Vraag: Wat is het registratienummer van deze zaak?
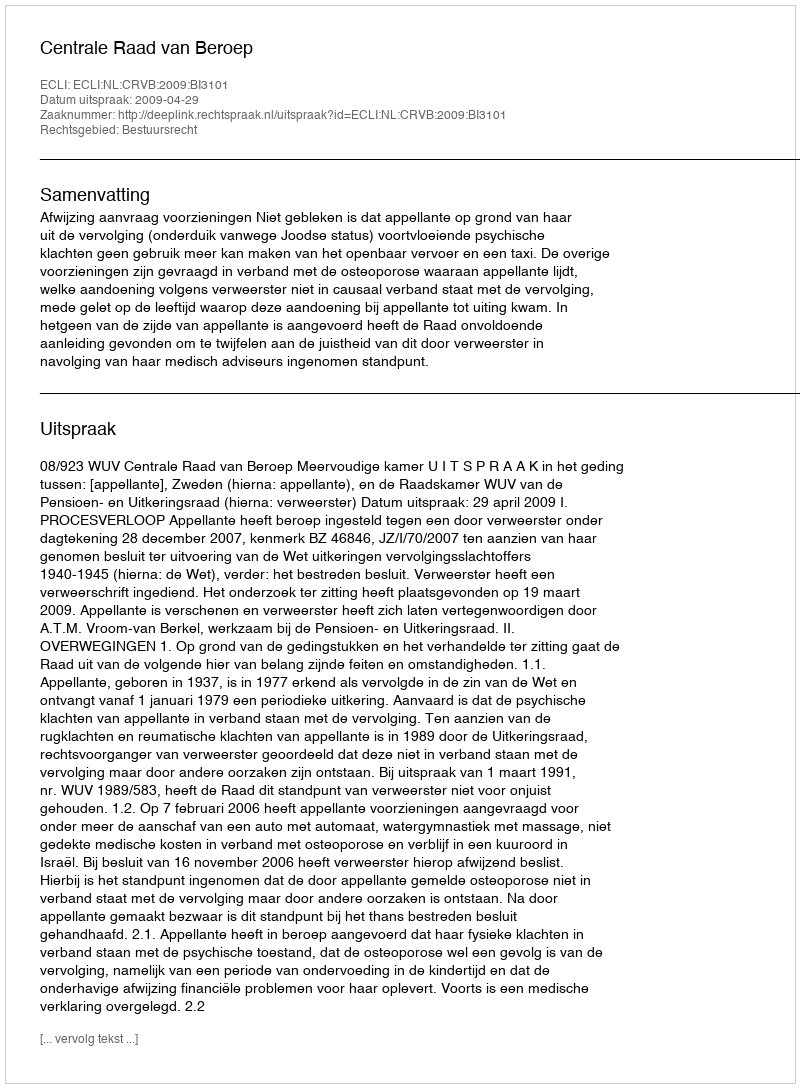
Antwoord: http://deeplink.rechtspraak.nl/uitspraak?id=ECLI:NL:CRVB:2009:BI3101